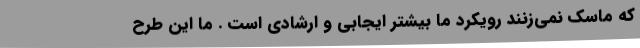
که ماسک نمی‌زنند رویکرد ما بیشتر ایجابی و ارشادی است . ما این طرح